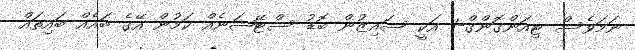
ނަމަވެސް ޓިއަންގޮންގް-1 އަކީ ސައިޒުން ބޮޑު ސްޓޭޝަނެއް ކަމުން އޭގެ ބައެއް ބައިތައް